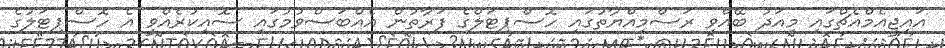
އައިޖީއެމްއެޗްގައި މިއަދު ބޭއްވި ރަސްމިއްޔާތުގައި ހޮސްޕިޓަލްގެ ފަރާތުން އެއްބަސްވުމުގައި ސޮއިކުރެއްވީ އެ ހޮސްޕިޓަލުގެ